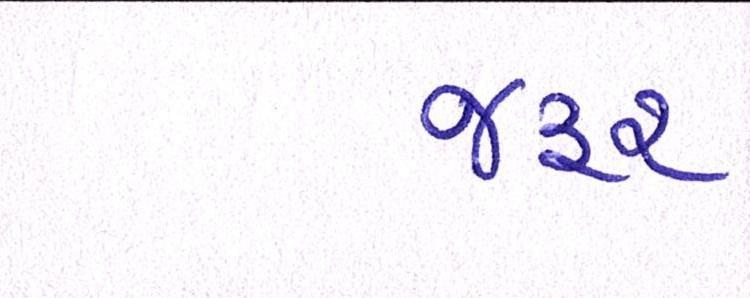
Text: જરૃર